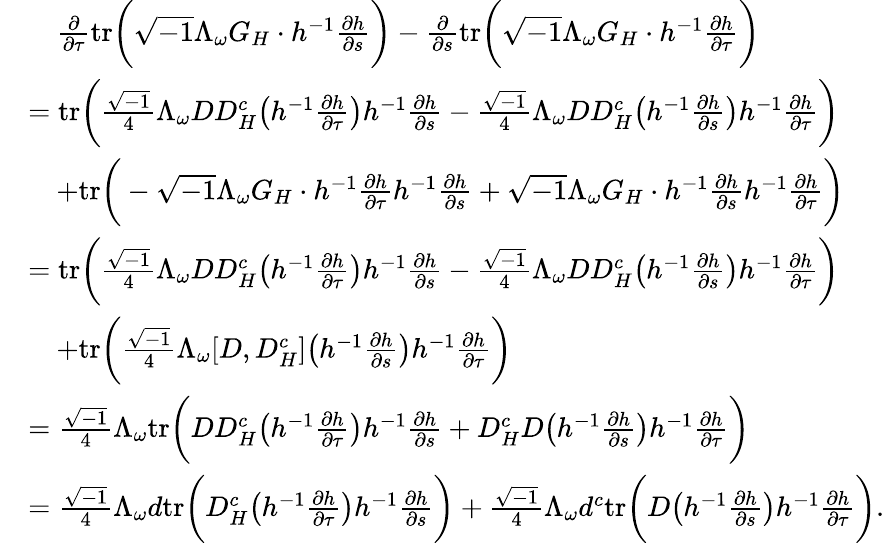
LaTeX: \begin{array}{rl}&{\quad\frac{\partial}{\partial\tau}\mathrm{tr}\bigg(\sqrt{-1}\Lambda_{\omega}G_{H}\cdot h^{-1}\frac{\partial h}{\partial s}\bigg)-\frac{\partial}{\partial s}\mathrm{tr}\bigg(\sqrt{-1}\Lambda_{\omega}G_{H}\cdot h^{-1}\frac{\partial h}{\partial\tau}\bigg)}\\ &{=\mathrm{tr}\bigg(\frac{\sqrt{-1}}{4}\Lambda_{\omega}DD_{H}^{c}\big(h^{-1}\frac{\partial h}{\partial\tau}\big)h^{-1}\frac{\partial h}{\partial s}-\frac{\sqrt{-1}}{4}\Lambda_{\omega}DD_{H}^{c}\big(h^{-1}\frac{\partial h}{\partial s}\big)h^{-1}\frac{\partial h}{\partial\tau}\bigg)}\\ &{\quad+\mathrm{tr}\bigg(-\sqrt{-1}\Lambda_{\omega}G_{H}\cdot h^{-1}\frac{\partial h}{\partial\tau}h^{-1}\frac{\partial h}{\partial s}+\sqrt{-1}\Lambda_{\omega}G_{H}\cdot h^{-1}\frac{\partial h}{\partial s}h^{-1}\frac{\partial h}{\partial\tau}\bigg)}\\ &{=\mathrm{tr}\bigg(\frac{\sqrt{-1}}{4}\Lambda_{\omega}DD_{H}^{c}\big(h^{-1}\frac{\partial h}{\partial\tau}\big)h^{-1}\frac{\partial h}{\partial s}-\frac{\sqrt{-1}}{4}\Lambda_{\omega}DD_{H}^{c}\big(h^{-1}\frac{\partial h}{\partial s}\big)h^{-1}\frac{\partial h}{\partial\tau}\bigg)}\\ &{\quad+\mathrm{tr}\bigg(\frac{\sqrt{-1}}{4}\Lambda_{\omega}[D,D_{H}^{c}]\big(h^{-1}\frac{\partial h}{\partial s}\big)h^{-1}\frac{\partial h}{\partial\tau}\bigg)}\\ &{=\frac{\sqrt{-1}}{4}\Lambda_{\omega}\mathrm{tr}\bigg(DD_{H}^{c}\big(h^{-1}\frac{\partial h}{\partial\tau}\big)h^{-1}\frac{\partial h}{\partial s}+D_{H}^{c}D\big(h^{-1}\frac{\partial h}{\partial s}\big)h^{-1}\frac{\partial h}{\partial\tau}\bigg)}\\ &{=\frac{\sqrt{-1}}{4}\Lambda_{\omega}d\mathrm{tr}\bigg(D_{H}^{c}\big(h^{-1}\frac{\partial h}{\partial\tau}\big)h^{-1}\frac{\partial h}{\partial s}\bigg)+\frac{\sqrt{-1}}{4}\Lambda_{\omega}d^{c}\mathrm{tr}\bigg(D\big(h^{-1}\frac{\partial h}{\partial s}\big)h^{-1}\frac{\partial h}{\partial\tau}\bigg).}\end{array}